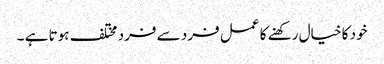
خود کا خیال رکھنے کا عمل فرد سے فرد مختلف ہوتا ہے ۔